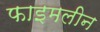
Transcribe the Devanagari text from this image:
फाइमलीन